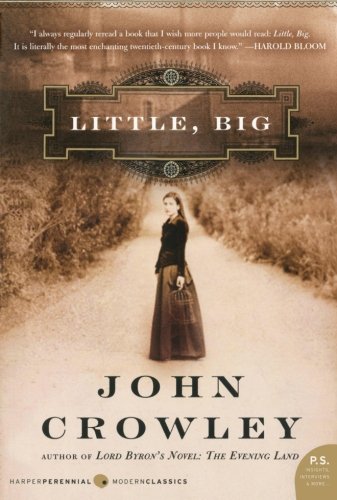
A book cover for Little, Big; John Crowley; Romance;